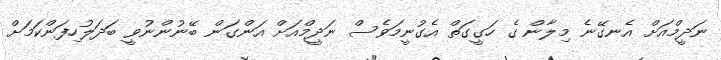
ނަދީމްއަށް އެނގޭނެ މިލާން ގެ ހަގީގަތް އެގުނީމަވެސް ނަދީމްއަށް އަންގަން ބޭނުންނުވީ ބަދަލުހިފަންކަމަށް